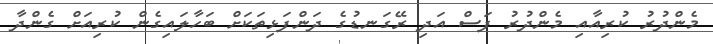
މެންދުރު ކުރިއާއި މެންދުރު ފަސް އަދި ރޭގަނޑުގެ ދަންފަޅިތަކަށް ބަހާލައިގެން ކުރިއަށް ގެންދާ